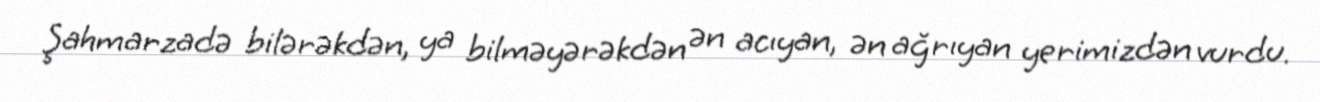
Şahmarzadə bilərəkdən, ya bilməyərəkdən ən acıyan, ən ağrıyan yerimizdən vurdu.